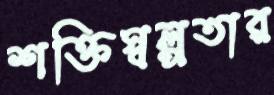
শক্তিস্বল্পতার